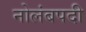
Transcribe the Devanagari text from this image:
नोलंबपदी